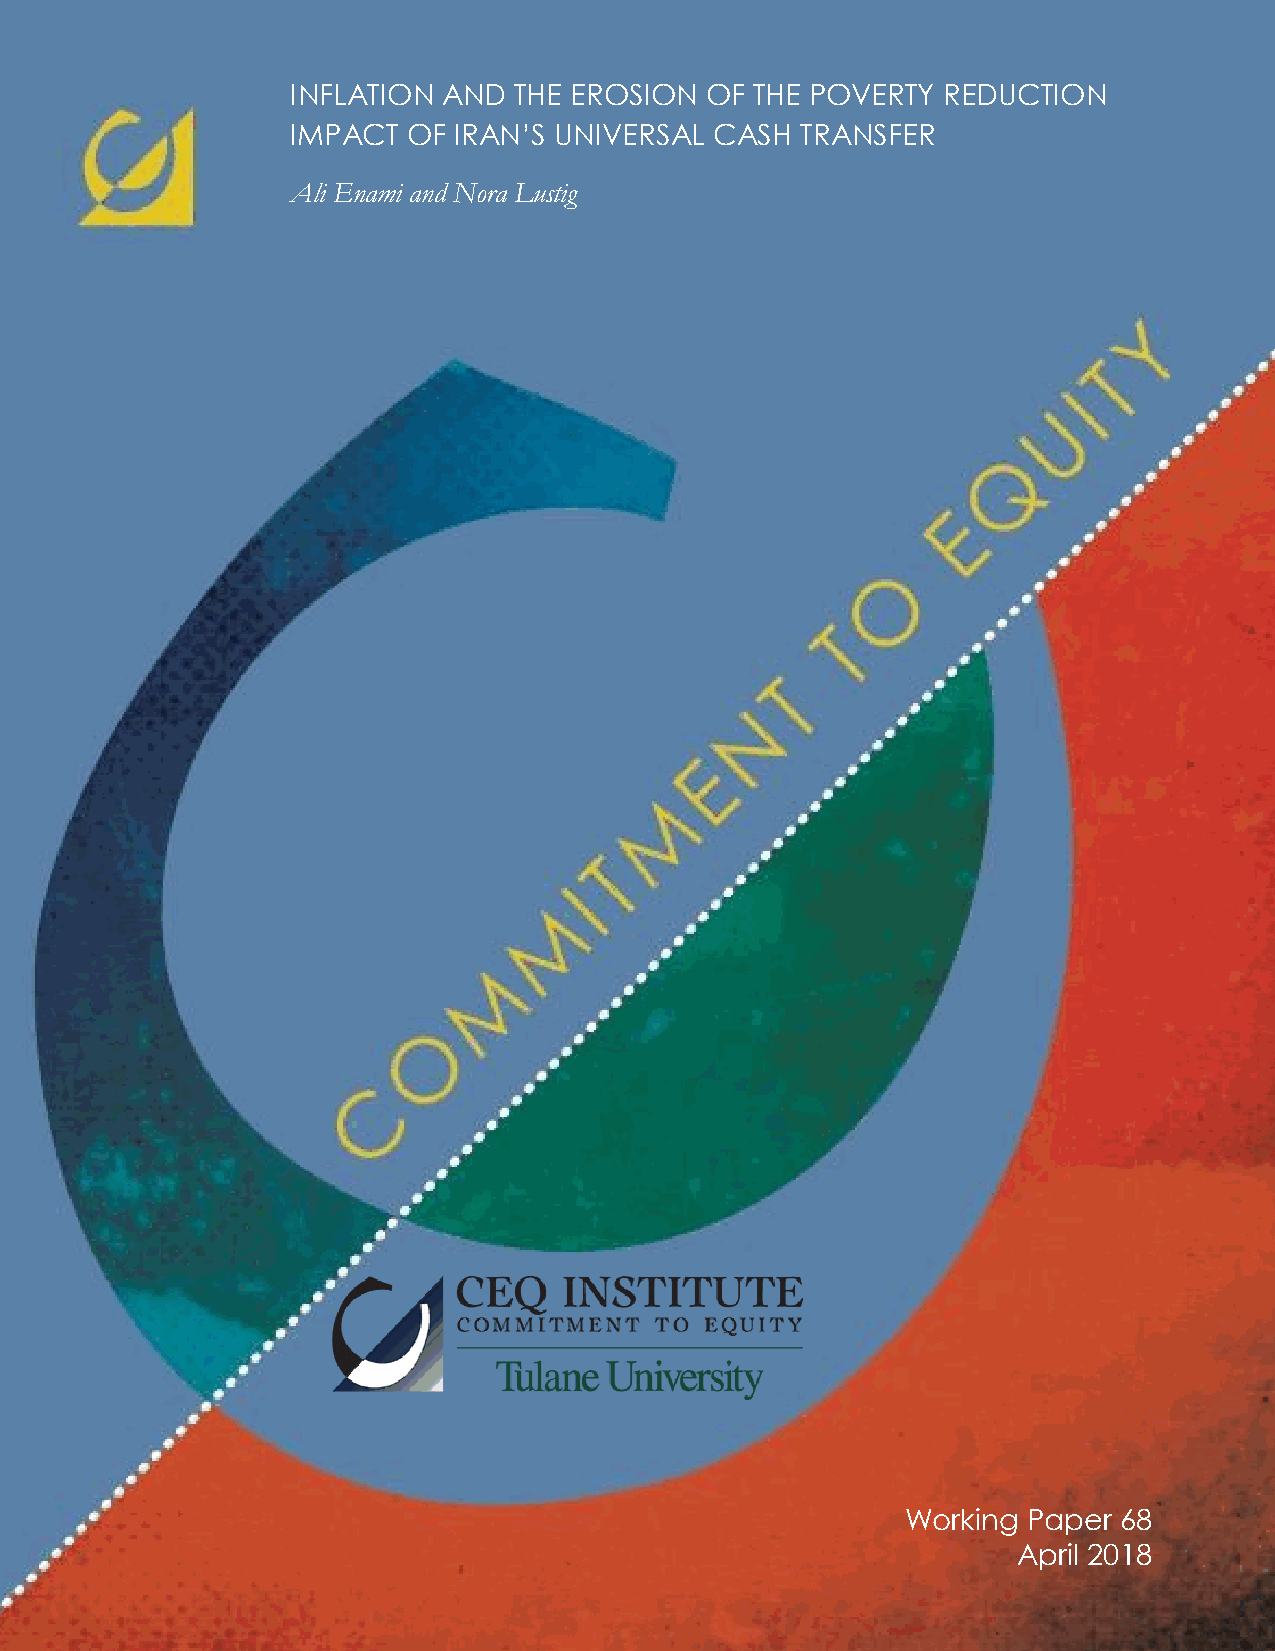
INFLATION AND  THE EROSION  OF THE POVERTY REDUCTION
 IMPACT  OF IRAN’S UNIVERSAL CASH  TRANSFER
 Ali Enami and Nora Lustig
 Working Paper 68
 April 2018
 1